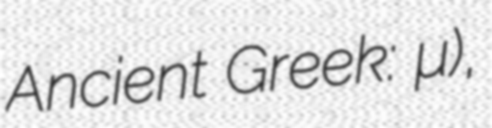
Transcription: Ancient Greek: Τελμησσός),